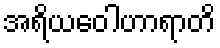
အရိယဝေါဟာရာတိ